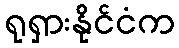
ရုရှားနိုင်ငံက